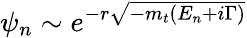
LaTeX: \psi_{n}\sim e^{-r\sqrt{-m_{t}(E_{n}+i\Gamma)}}